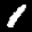
Label: 1